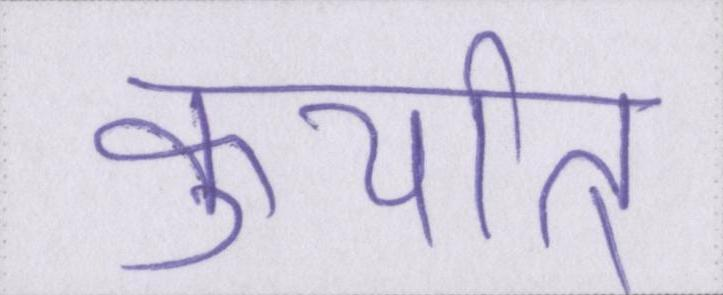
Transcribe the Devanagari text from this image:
कुर्यात्